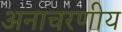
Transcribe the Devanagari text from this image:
अनाचरणीय